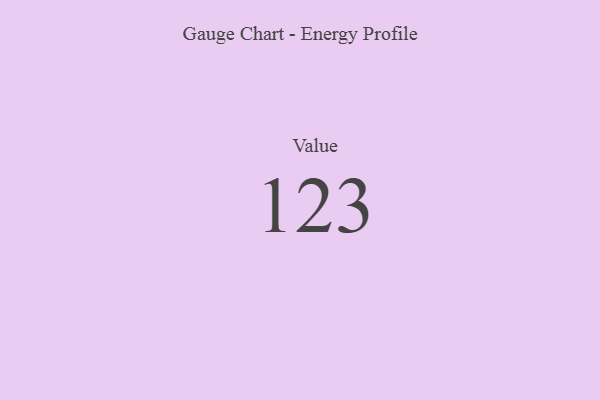
{"axis": {"x": "Metric", "y": "Value"}, "legend": [""], "data": [{"x": "Value", "y": 123, "type": ""}]}